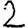
Digit: 2